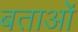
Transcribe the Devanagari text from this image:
बताओं